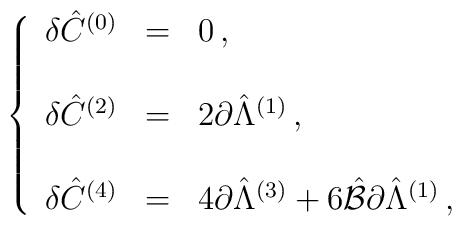
\left\{\begin{array}{rcl}\delta\hat{C}^{(0)} & = & 0\, ,\\& & \\\delta\hat{C}^{(2)} & = & 2\partial\hat{\Lambda}^{(1)}\, ,\\& & \\\delta\hat{C}^{(4)} & = & 4\partial\hat{\Lambda}^{(3)}+6\hat{\cal B}\partial\hat{\Lambda}^{(1)}\, ,\\\end{array}\right.